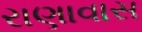
રાણાવાસ